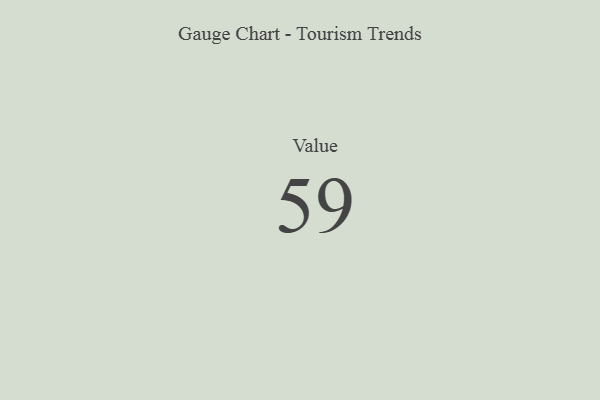
{"axis": {"x": "Metric", "y": "Value"}, "legend": [""], "data": [{"x": "Value", "y": 59, "type": ""}]}